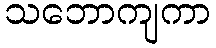
သဘောကျကာ